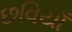
છવિયાઁ